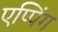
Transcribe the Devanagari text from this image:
एप्पिंग